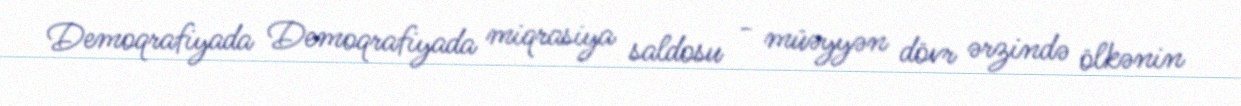
Demoqrafiyada Demoqrafiyada miqrasiya saldosu - müəyyən dövr ərzində ölkənin